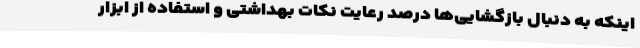
اینکه به دنبال بازگشایی‌ها درصد رعایت نکات بهداشتی و استفاده از ابزار